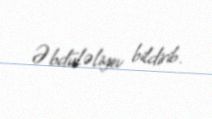
Əbdüləliyev bildirib.